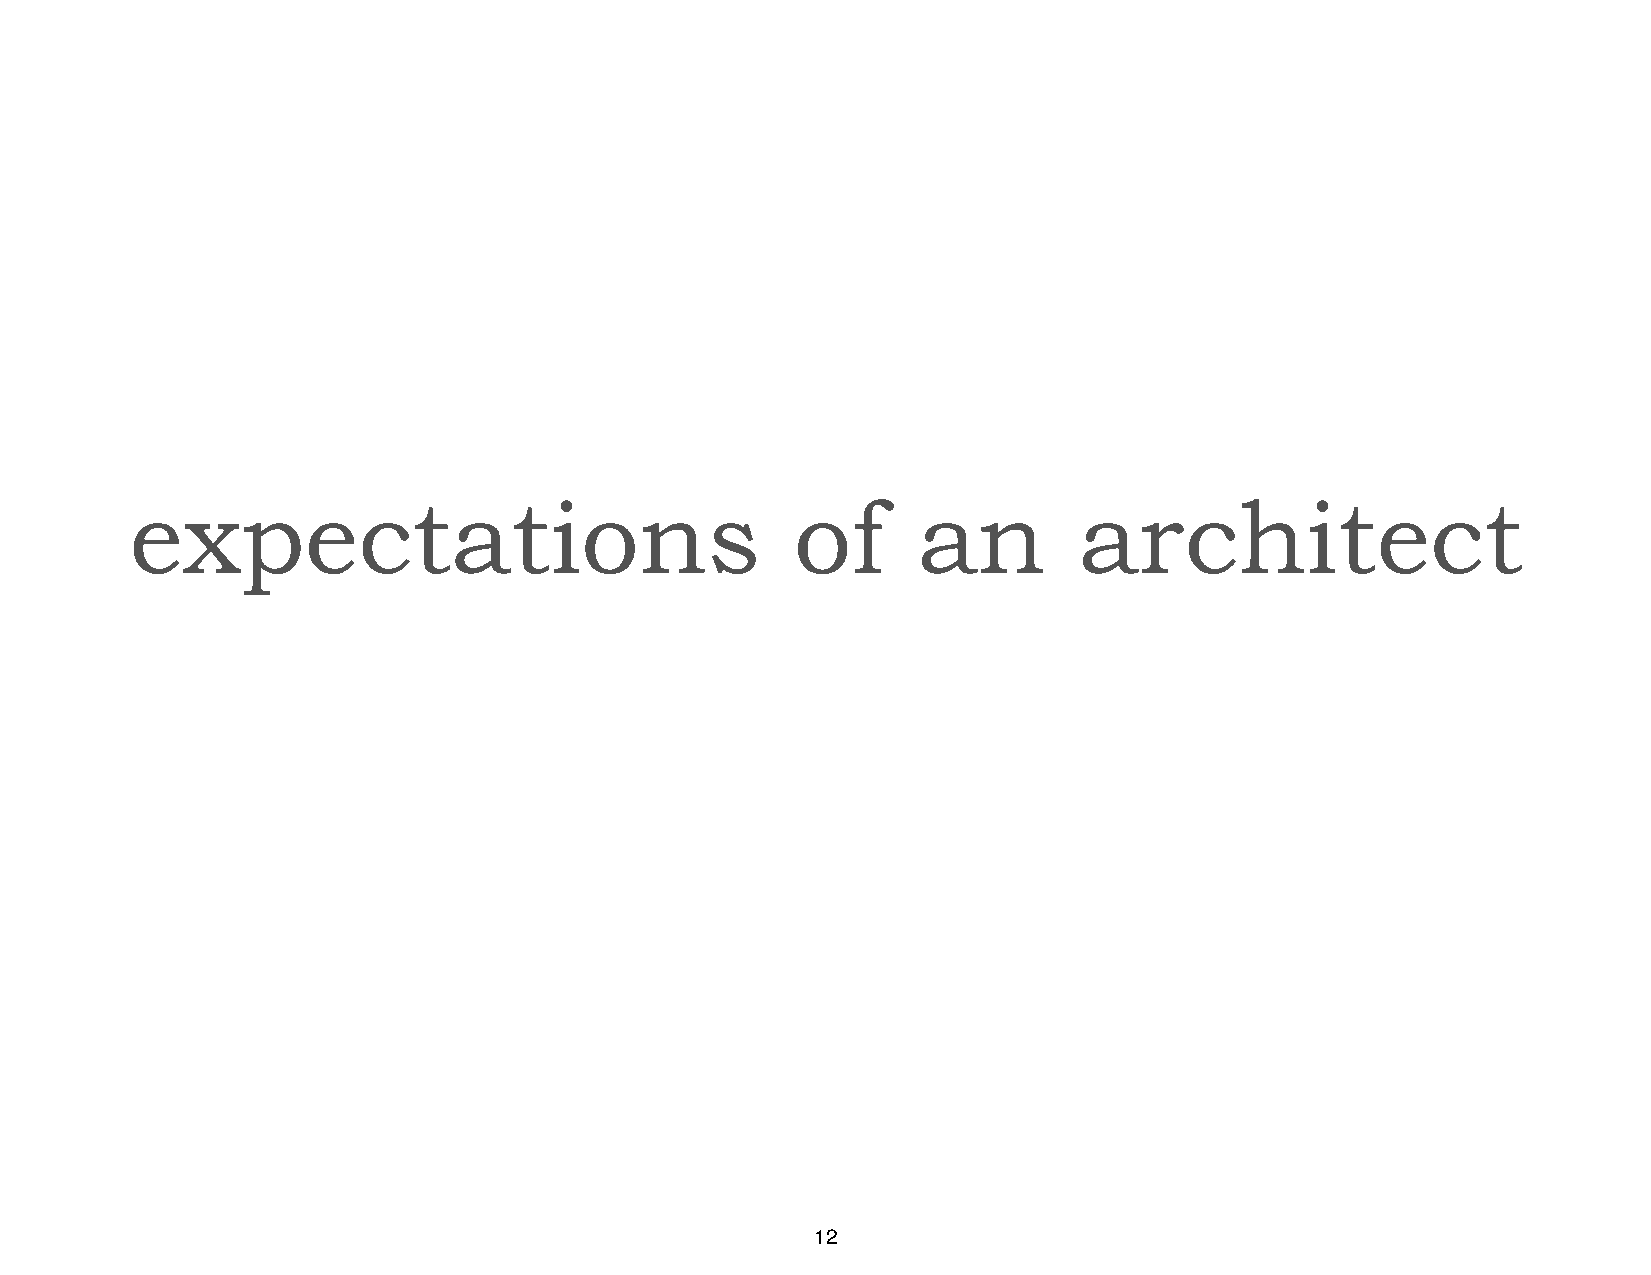
expectations                                of      an        architect
 12